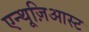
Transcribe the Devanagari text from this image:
एन्थूज़िआस्ट